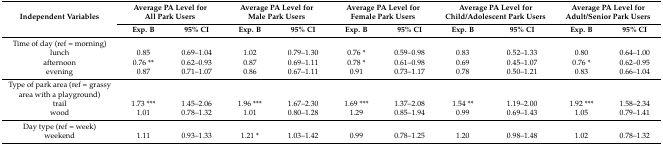
| <ROWSPAN=2> Independent Variables | <COLSPAN=2> Average PA Level for All Park Users | <COLSPAN=2> Average PA Level for Male Park Users | <COLSPAN=2> Average PA Level for Female Park Users | <COLSPAN=2> Average PA Level for Child/Adolescent Park Users | <COLSPAN=2> Average PA Level for Adult/Senior Park Users |
 | Exp. B | 95% CI | Exp. B | 95% CI | Exp. B | 95% CI | Exp. B | 95% CI | Exp. B | 95% CI |
 | --- | --- | --- | --- | --- | --- | --- | --- | --- | --- | --- |
 | Time of day (ref = morning) |  |  |  |  |  |  |  |  |  |  |
 | lunch | 0.85 | 0.69–1.04 | 1.02 | 0.79–1.30 | 0.76 * | 0.59–0.98 | 0.83 | 0.52–1.33 | 0.80 | 0.64–1.00 |
 | afternoon | 0.76 ** | 0.62–0.93 | 0.87 | 0.69–1.11 | 0.78 * | 0.61–0.98 | 0.69 | 0.45–1.07 | 0.76 * | 0.62–0.95 |
 | evening | 0.87 | 0.71–1.07 | 0.86 | 0.67–1.11 | 0.91 | 0.73–1.17 | 0.78 | 0.50–1.21 | 0.83 | 0.66–1.04 |
 | Type of park area (ref = grassy area with a playground) |  |  |  |  |  |  |  |  |  |  |
 | trail | 1.73 *** | 1.45–2.06 | 1.96 *** | 1.67–2.30 | 1.69 *** | 1.37–2.08 | 1.54 ** | 1.19–2.00 | 1.92 *** | 1.58–2.34 |
 | wood | 1.01 | 0.78–1.32 | 1.01 | 0.80–1.28 | 1.29 | 0.85–1.94 | 0.99 | 0.69–1.43 | 1.05 | 0.79–1.41 |
 | Day type (ref = week) |  |  |  |  |  |  |  |  |  |  |
 | weekend | 1.11 | 0.93–1.33 | 1.21 * | 1.03–1.42 | 0.99 | 0.78–1.25 | 1.20 | 0.98–1.48 | 1.02 | 0.78–1.32 |